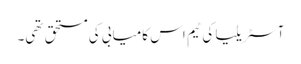
آسٹریلیا کی ٹیم اس کامیابی کی مستحق تھی۔